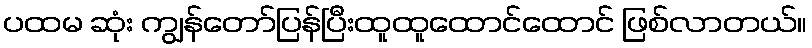
ပထမ ဆုံး ကျွန်တော်ပြန်ပြီးထူထူထောင်ထောင် ဖြစ်လာတယ်။